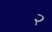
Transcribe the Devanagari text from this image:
२